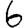
Digit: 6